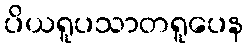
ပိယရူပသာတရူပေန